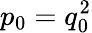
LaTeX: p_{0}=q_{0}^{2}